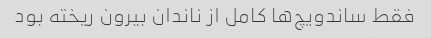
فقط ساندویچ‌ها کامل از ناندان بیرون ریخته بود